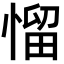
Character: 𢞓